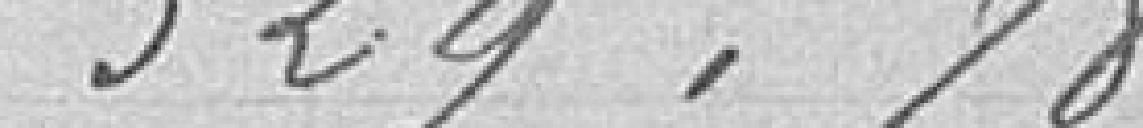
329,78